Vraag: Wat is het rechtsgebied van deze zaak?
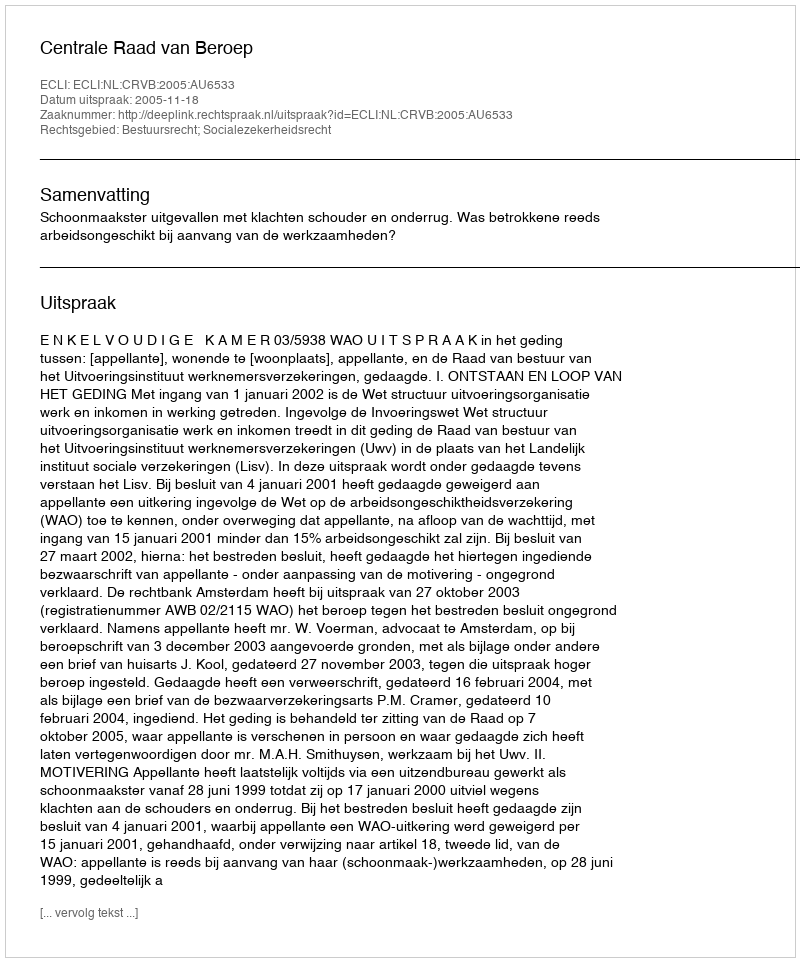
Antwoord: Bestuursrecht; Socialezekerheidsrecht